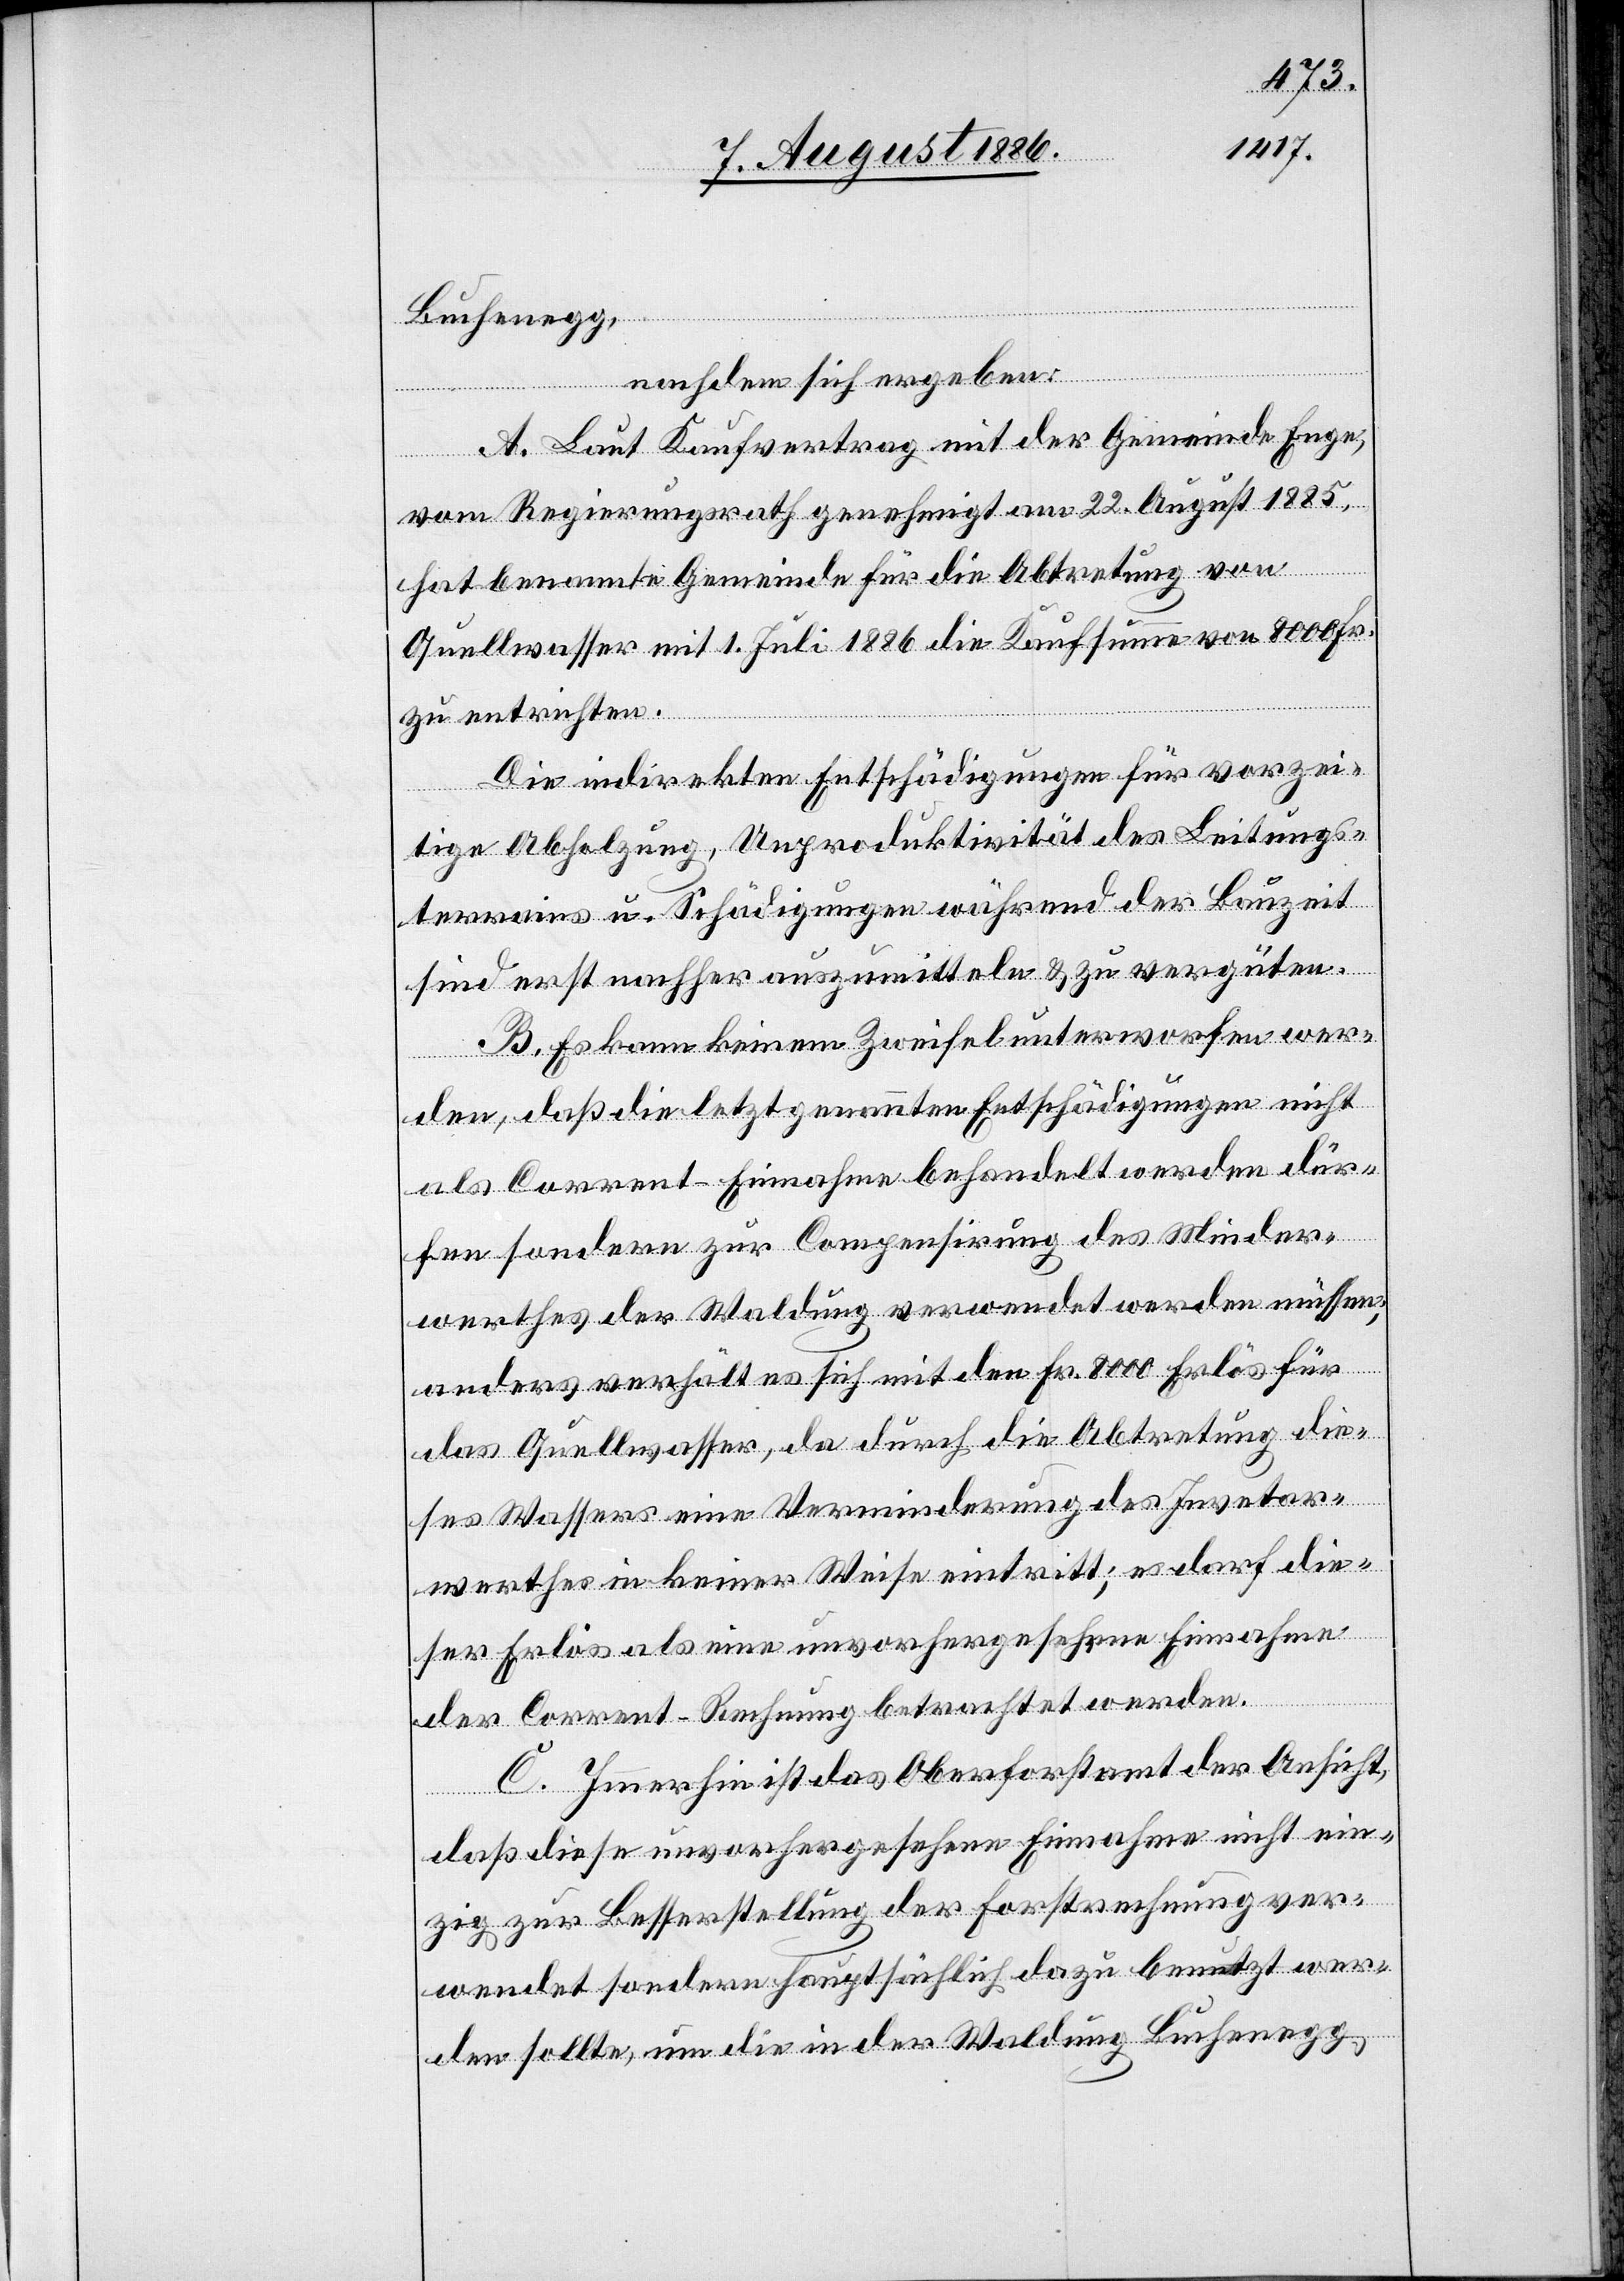
Buchenegg,
nachdem sich ergeben:
A. Laut Kaufvertrag mit der Gemeinde Enge,
det
vom Regierungsrath genehmigt am 22. August 1885,
hat benannte Gemeinde für die Abtretung von
Quellwasser mit 1. Juli 1886 die Kaufsumme von 8000 Fr.
zu entrichten.
Die indirekten Entschädigungen für vorzei¬
tige Abholzung, Unproduktivität des Leitungs¬
terrains u. Schädigungen während der Bauzeit
sind erst nachher auszumitteln & zu vergüten.
B. Es kann keinem Zweifel unterworfen wer¬
den, daß die letztgenannten Entschädigungen nicht
als Corrent-Einnahme behandelt werden dür¬
fen sondern zur Compensirung des Minder¬
werthes der Waldung verwendet werden müssen;
anders verhält es sich mit den Fr. 8000 Erlös für
das Quellwasser, da durch die Abtretung die¬
ses Wassers eine Verminderung des Inventar¬
werthes in keiner Weise eintritt; es darf die¬
ser Erlös als eine unvorhergesehene Einnahme
der Corrent-Rechnung betrachtet werden.
C. Immerhin ist das Oberforstamt der Ansicht,
daß diese unvorhergesehene Einnahme nicht ein¬
zig zur Besserstellung der Forstrechnung ver¬
werden sondern hauptsächlich dazu benutzt wer¬
den sollte, um die in der Waldung Buchenegg